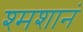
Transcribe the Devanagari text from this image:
श्मशानं